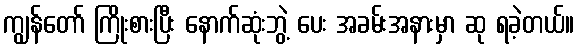
ကျွန်တော် ကြိုးစားပြီး နောက်ဆုံးဘွဲ့ ပေး အခမ်းအနားမှာ ဆု ရခဲ့တယ်။